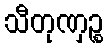
သီတုဏှဉ္စ